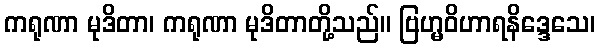
ကရုဏာ မုဒိတာ၊ ကရုဏာ မုဒိတာတို့သည်။ ဗြဟ္မဝိဟာရနိဒ္ဒေသေ၊